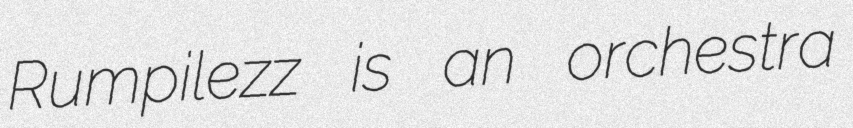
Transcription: Rumpilezz is an orchestra